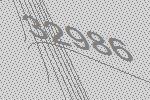
32986